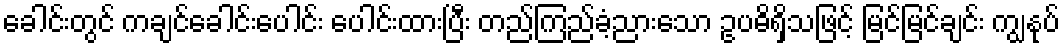
ခေါင်းတွင် ကချင်ခေါင်းပေါင်း ပေါင်းထားပြီး တည်ကြည်ခံ့ညားသော ဥပဓိရှိသဖြင့် မြင်မြင်ချင်း ကျွနုပ်